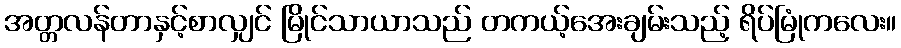
အတ္တလန်တာနှင့်စာလျှင် မြိုင်သာယာသည် တကယ့်အေးချမ်းသည့် ရိပ်မြုံကလေး။